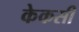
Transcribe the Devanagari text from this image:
केकसी